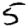
Digit: 5